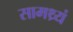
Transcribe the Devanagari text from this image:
सामथ्र्यं